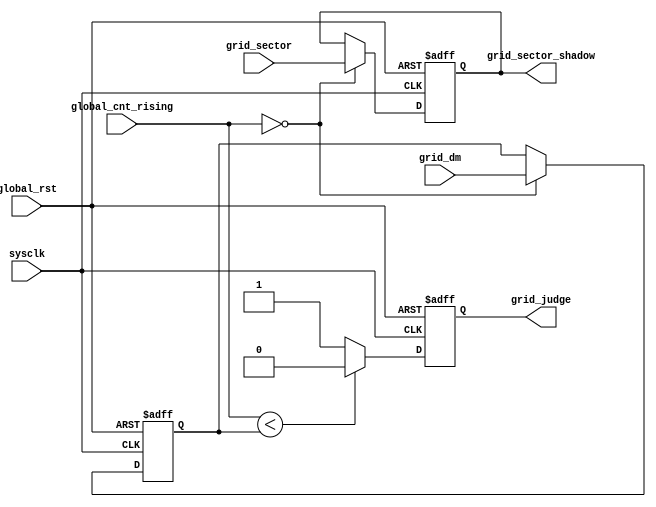
module grid_duty( grid_judge,       	// clkout
						grid_sector_shadow,
						grid_dm,			 		//grid duty
						grid_sector,
						global_cnt_rising,	// rising count
						sysclk,        	// clkin
						global_rst    			// global reset
);

input sysclk;
input global_rst;
input [15:0]	grid_dm;
input [15:0]	global_cnt_rising;
input [15:0]	grid_sector;

output reg grid_judge;
output reg [15:0] grid_sector_shadow;
reg [15:0]	grid_dm_shadow;


always @ (posedge sysclk or negedge global_rst)
if(!global_rst)
	grid_dm_shadow <= 16'd0;
else begin
	if(global_cnt_rising == 16'd0) 
		grid_dm_shadow <= grid_dm;
end


always @ (posedge sysclk or negedge global_rst)
if(!global_rst)
	grid_sector_shadow <= 16'd0;
else begin
	if(global_cnt_rising == 16'd0) 
		grid_sector_shadow <= grid_sector;

end


always @ (posedge sysclk or negedge global_rst)
if(!global_rst)begin
  grid_judge<= 1'b0;
 end
else begin
	if(global_cnt_rising < grid_dm_shadow)
 	    grid_judge<=1'b0;
 	else
  	    grid_judge<=1'b1;
end




 
endmodule